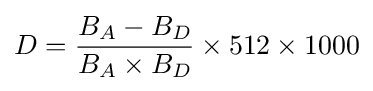
D={B_{A}-B_{D} \over B_{A}\times B_{D}}\times 512\times 1000